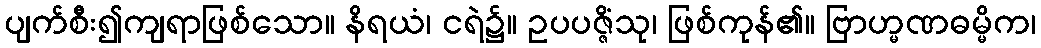
ပျက်စီး၍ကျရာဖြစ်သော။ နိရယံ၊ ငရဲ၌။ ဥပပဇ္ဇိံသု၊ ဖြစ်ကုန်၏။ ဗြာဟ္မဏဓမ္မိက၊